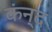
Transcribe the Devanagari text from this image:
कंन्द